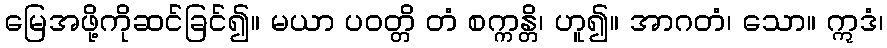
မြေအဖို့ကိုဆင်ခြင်၍။ မယာ ပဝတ္တိ တံ စက္ကန္တိ၊ ဟူ၍။ အာဂတံ၊ သော။ ဣဒံ၊